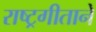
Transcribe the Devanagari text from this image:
राष्ट्रगीताने